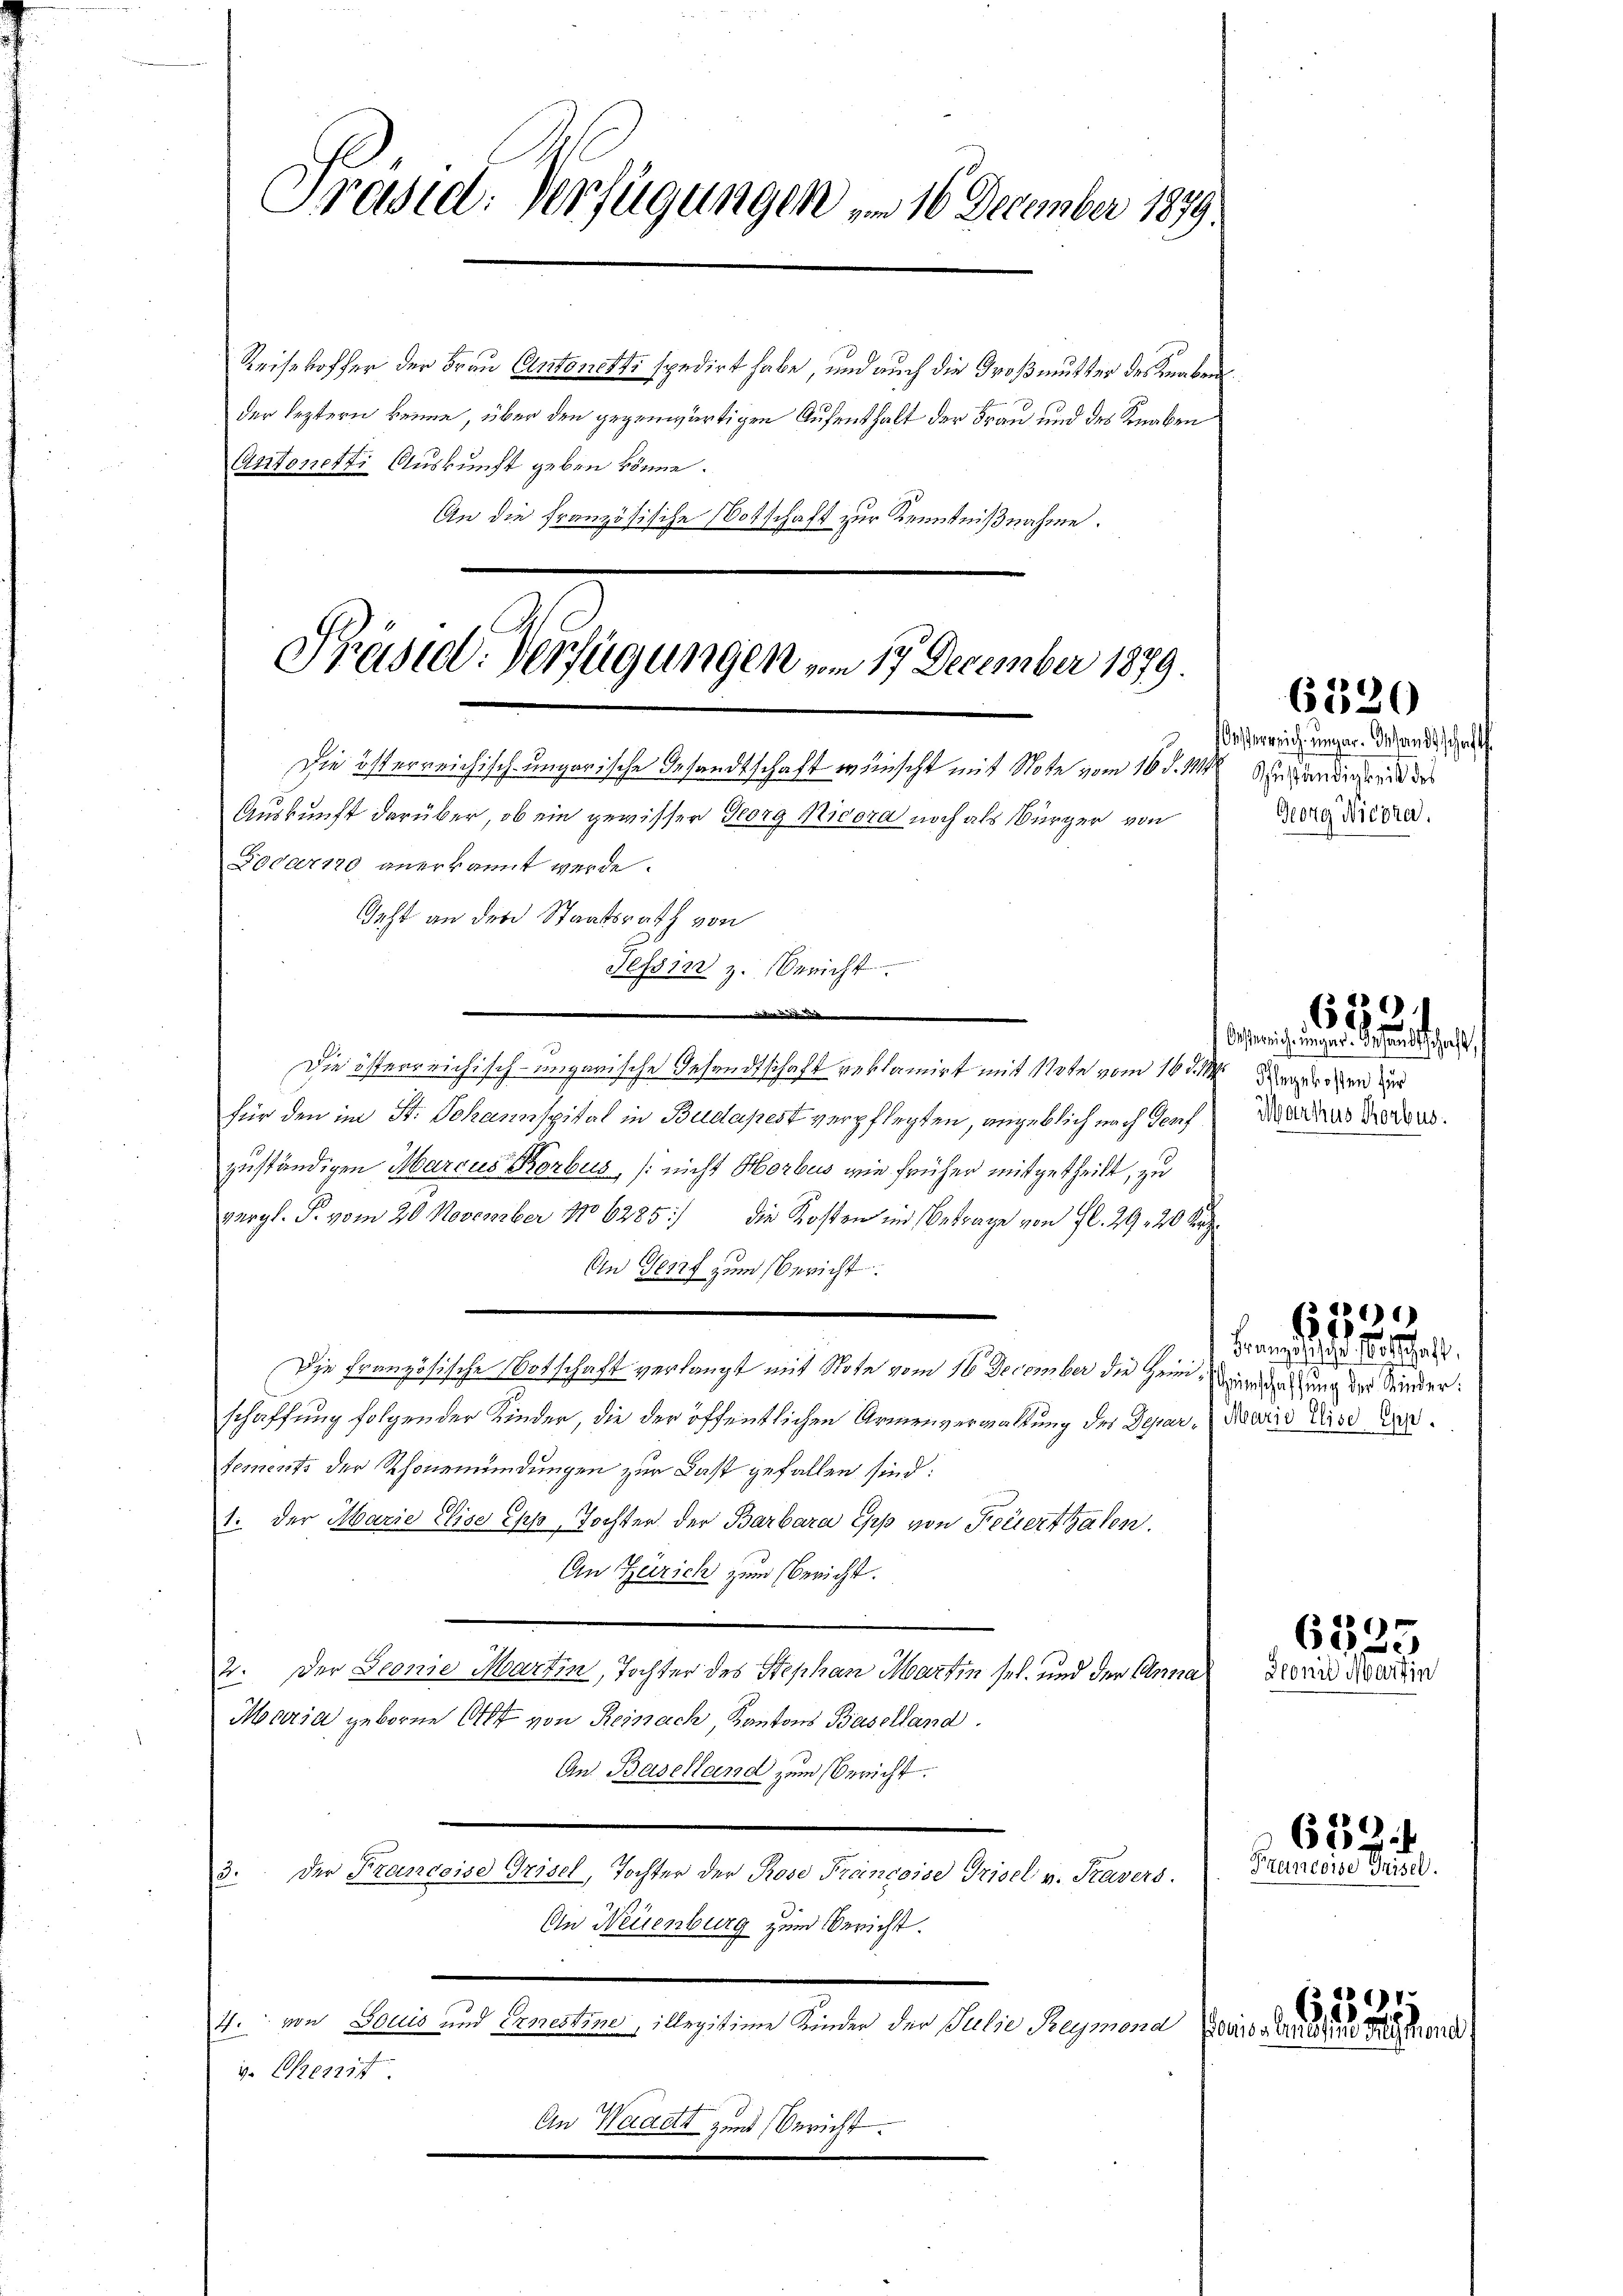
An die französische Botschaft zur Kenntnißnahme.

Präsid. Verfügungen „ 16 December 1879.
Reisekoffer der Frau Antonetti spedirt habe, und auch die Großmutter des Knaben
der leztern kenne, über den gegenwärtigen Aufenthalt der Frau und des Knaben
Antonetti Auskunft geben könne.

Präsid. Verfügungen vom 17. December 1879.
Die österreichisch-ungarische Gesandtschaft wünscht mit Note vom 16. d. 1114.
Auskunft darüber, ob ein gewisser Georg Nicora noch als Bürger von

Docarno anerkannt werde.
Geht an den Staatsrath von
e a
Die österreichisch-ungarische Gesandtschaft verlamirt mit Note vom 16. d. M. der den und
für den im St. Johannspital in Budapest verpflegten, angeblich nach Genf
zuständigen Marcus Korbus, (nicht Horbus, wie früher mitgetheilt, zu
vergl. P. vom 20. November 186285/ die Kosten in Betrage von fl. 29, 20 Rp.
An Genf zum Bericht.
Die Französische Botschaft verlangt mit Note vom 16 December die Heim,
schaffung folgender Kinder, die der öffentlichen Armenverwaltung des Departements der Schönemündungen zur Last gefallen sind:
1: der Marie Elise Epp, Tochter der Barbara Erp von Ferierthalen.
An Zürich zum Bericht.
2. Der Geonie Martin, Tochter des Stephan Martin sel. und der Anna
Maria geborne Ott von Reinach Kantons Baselland.
An Baselland zum Bericht.
der Francoise Grisel, Tochter der Prose Francoise Trisel v. Kasers.
13.
An Neuenburg zum Bericht.
4. von Souis und Ernestine, illegitime Kinder der Julie Reymond
v. Gef
An Waadt und Bericht.

Tessin z. Bericht

aßerreich ungar. Wandtschaft
Zuständigkeit des
Georg Nicora.

Oesterrich, unger Gesandtschaft
Markus Horbus.

Heimschaffung der Kinder.
Maria Elise Gep

6320

653.

6)
143.
Franzoschehe Notschaft,

6225
deoni warf in

639
Prügereise Frisel.

6,1525
ouissemessung dreymor